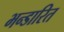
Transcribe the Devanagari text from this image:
भन्‍डारित